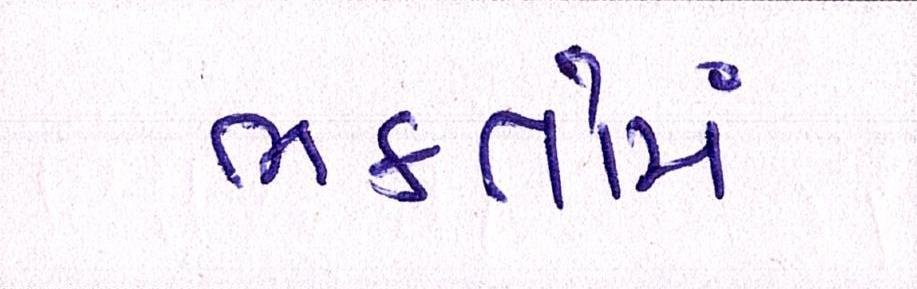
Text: ભકતોમાં